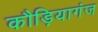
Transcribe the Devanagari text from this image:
कौड़ियागंज